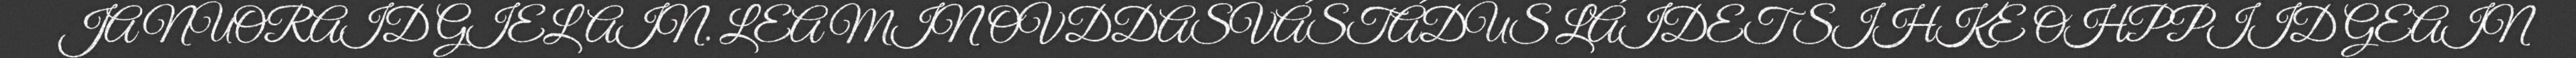
JA NUORAID GIELAIN. LEA MIN OVDDASVÁSTÁDUS LÁIDET SIHKE OHPPIID GEAIN